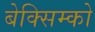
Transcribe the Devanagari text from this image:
बेक्सिम्को